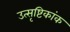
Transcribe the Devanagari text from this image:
उत्सृष्टिकांक